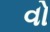
વો